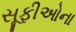
સૂફીઓના